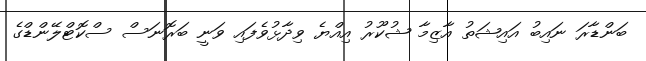
ބަންޑާރަ ނައިބު އައިޝަތު އާޒިމާ ޝުކޫރު އިއްޔެ ވިދާޅުވެފައި ވަނީ ބަރޮނަސް ސްކޮޓްލޭންޑްގެ